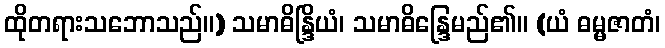
ထိုတရားသဘောသည်။) သမာဓိန္ဒြိယံ၊ သမာဓိန္ဒြေမည်၏။ (ယံ ဓမ္မဇာတံ၊